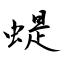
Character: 蝭